Insane asylums in Bengal annual reports 1867-1875 - 1867-1875
Year: 1867
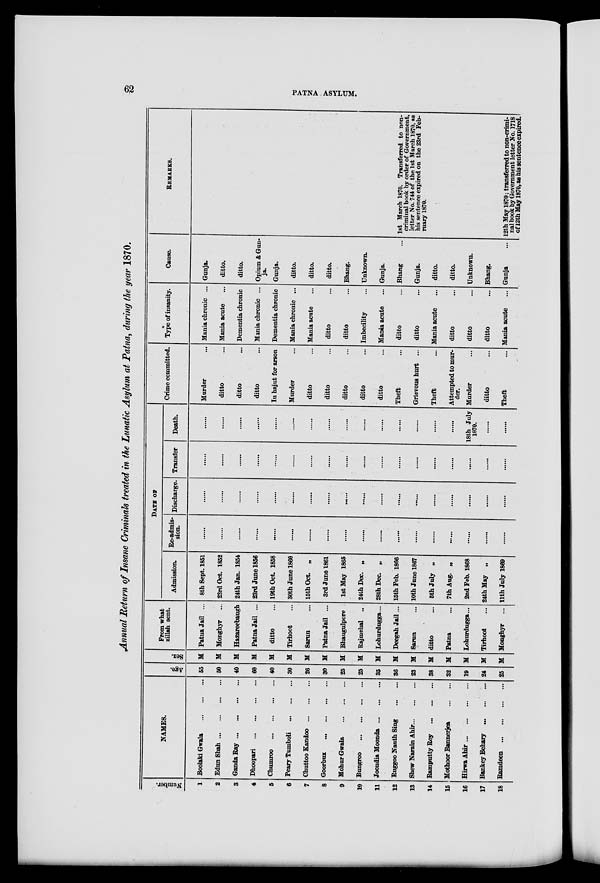
62
PATNA ASYLUM.
Annual Return of Insane Criminals treated in the Lunatic Asylum at Patna, during the year 1870.
Number.
1
2
3
4
5
6
7
8
9
10
11
12
13
14
15
16
17
18
NAMES.
Boolaki Gwala
...
...
...
Edun Shah ... ... ... ...
Ganda Ray ... ... ... ...
Dhoopari
...
...
...
...
Chumroo
...
...
...
...
Peary Tumboli
...
...
...
Chuttoo Kandoo ... ... ...
Goorbux
...
...
...
...
Mohor Gwala
...
...
...
Bungroo
...
...
...
...
Joondia Moonda ... ... ...
Ruggoo Nauth Sing
...
...
Shew Narain Ahir ... ... ...
Ramputty Roy
...
...
...
Mothoor Bannerjea ... ...
Hirwa Ahir ... ... ... ...
Bankey Behary
...
...
...
Ramdeen ...
...
...
...
Age.
55
50
40
60
40
30
26
30
25
25
35
36
23
38
32
19
24
25
Sex.
M
M
M
M
M
M
M
M
M
M
M
M
M
M
M
M
M
M
From what
zillah sent.
Patna Jail ...
Monghyr ...
Hazareebaugh
Patna Jail ...
ditto ...
Tirhoot ...
Sarun ...
Patna Jail ...
Bhaugulpore
Rajmehal ...
Lohurdugga ...
Deegah Jail ...
Sarun ...
ditto ...
Patna ...
Lohurdugga ...
Tirhoot ...
Monghyr ...
DATE OF
Admission.
8th Sept. 1851
23rd Oct. 1852
24th Jan. 1854
23rd June 1856
19th Oct. 1858
30th June 1860
15th Oct. „
3rd June 1861
1st May 1865
24th Dec. „
28th Dec. „
15th Feb. 1866
10th June 1867
5th July „
7th Aug. „
2nd Feb. 1868
24th May „
11th July 1869
Re-admis-
sion.
Discharge. Transfer
Death.
18th July
1870.
Crime committed.
Murder ...
ditto ...
ditto ...
ditto ...
In hajut for arson
Murder ...
ditto ...
ditto ...
ditto ...
ditto ...
ditto ...
Theft ...
Grievous hurt ...
Theft ...
Attempted to mur-
der.
Murder ...
ditto ...
Theft ...
Type of insanity.
Mania chronic ...
Mania acute ...
Dementia chronic
Mania chronic ...
Dementia chronic
Mania chronic ...
Mania acute ...
ditto ...
ditto ...
Imbecility ...
Mania acute ...
ditto ...
ditto ...
Mania acute ...
ditto ...
ditto ...
ditto ...
Mania acute ...
Cause.
Gunja.
ditto.
ditto.
Opium & Gun-
ja.
Gunja.
ditto.
ditto.
ditto.
Bhang.
Unknown.
Gunja.
Bhang
Gunja.
ditto.
ditto.
Unknown.
Bhang.
Gunja ...
REMARKS.
1st March 1870. Transferred to non-
criminal book by order of Government.
letter No. 744 of the 1st March 1870, as
his sentence expired on the 23rd Feb-
ruary 1870.
12th May 1870; transferred to non-crimi-
nal book by Government letter No. 1718
of 12th May 1870, as his sentence expired.